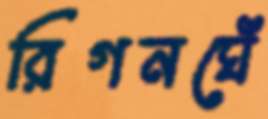
রিগনঘেঁ